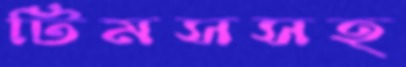
টিমসসহ